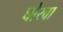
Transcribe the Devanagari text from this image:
घोरवा